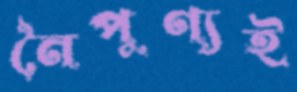
নৈপুণ্যই